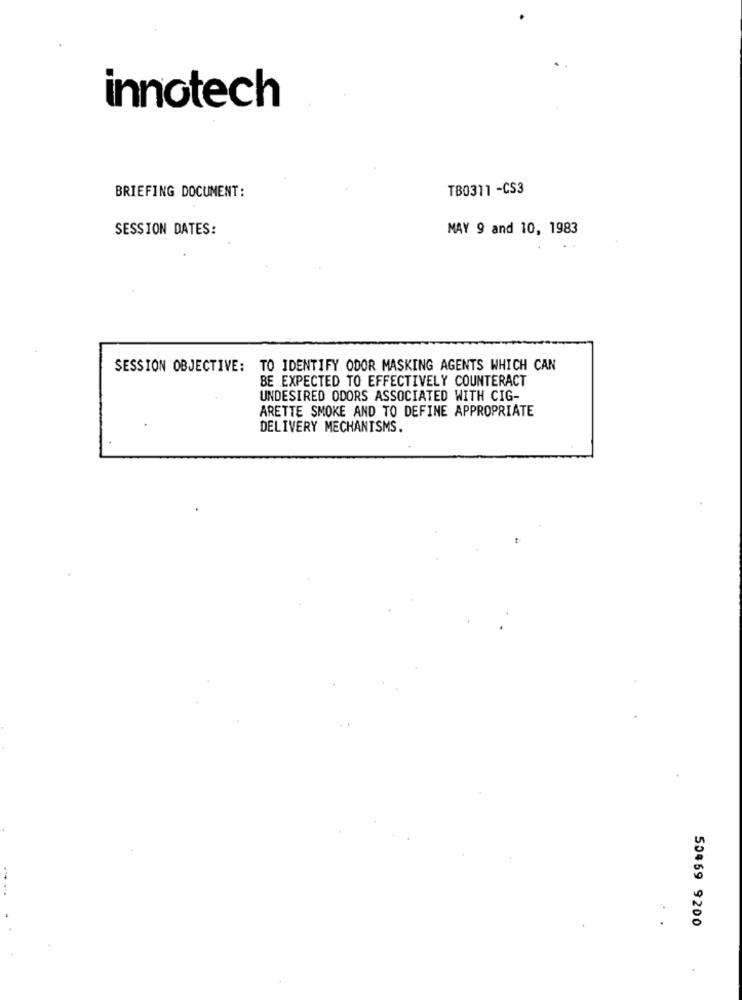
innotech
BRIEFING DOCUMENT:
TB0311 -CS3
SESSION DATES:
MAY 9 and 10, 1983
SESSION OBJECTIVE: TO IDENTIFY ODOR MASKING AGENTS WHICH CAN
BE EXPECTED TO EFFECTIVELY COUNTERACT
UNDESIRED ODORS ASSOCIATED WITH CIG-
ARETTE SMOKE AND TO DEFINE APPROPRIATE
DELIVERY MECHANISMS.
50469 9200